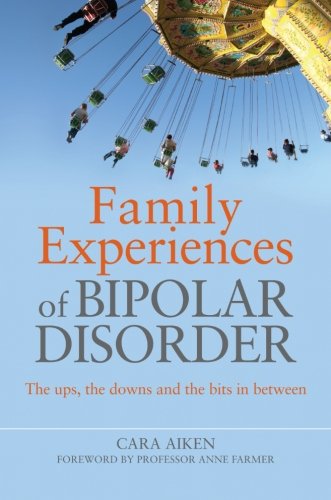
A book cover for Family Experiences of Bipolar Disorder: The Ups, The Downs and the Bits in Between; Cara Aiken; Medical Books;